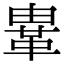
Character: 𩊄